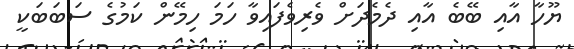
ޔޫހާ އާއި ބޭބެ އާއި ދެމެދަށް ވެރިވެފައިވާ ހަމަ ހިމޭން ކަމުގެ ސަބަބަކީ